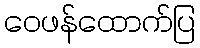
ဝေဖန်ထောက်ပြ